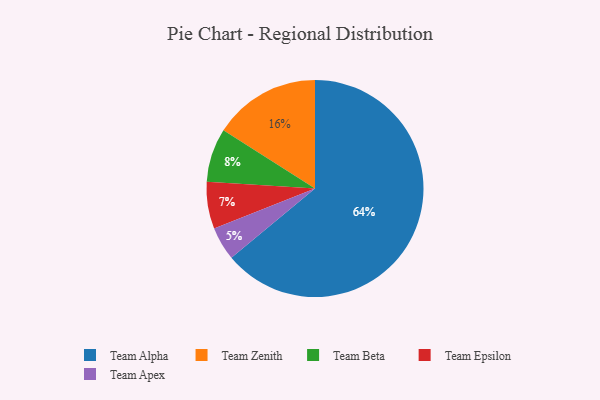
{"axis": {"x": "Category", "y": "Percentage"}, "legend": ["Team Alpha", "Team Apex", "Team Beta", "Team Epsilon", "Team Zenith"], "data": [{"x": "Team Alpha", "y": 64, "type": "Team Alpha"}, {"x": "Team Beta", "y": 8, "type": "Team Beta"}, {"x": "Team Zenith", "y": 16, "type": "Team Zenith"}, {"x": "Team Apex", "y": 5, "type": "Team Apex"}, {"x": "Team Epsilon", "y": 7, "type": "Team Epsilon"}]}